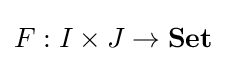
F:I\times J\to \mathbf {Set}